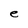
Character: e